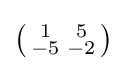
\left({\begin{smallmatrix}1&5\\-5&-2\\\end{smallmatrix}}\right)